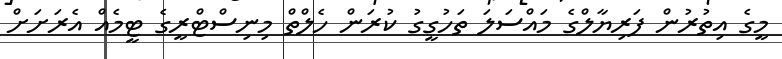
މީގެ އިތުރުން ފަރިޔާލްގެ މައްސަލަ ތަހުގީގު ކުރަން ހެލްތް މިނިސްޓްރީގެ ޓީމެއް އެރަށަށް